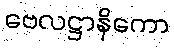
ဗေလဋ္ဌာနိကော